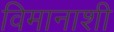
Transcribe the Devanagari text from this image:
विमानाशी